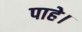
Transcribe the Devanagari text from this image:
पाहे।